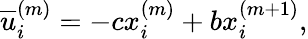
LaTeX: \overline{{u}}_{i}^{\left(m\right)}=-cx_{i}^{\left(m\right)}+bx_{i}^{\left(m+1\right)},